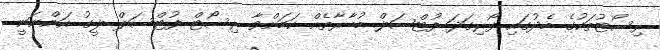
ރިސޯޓުތަކުގެ މެދުގައި ފޯރިގަދަ ފުޓްސަލް މުބާރާތެއް ކަމަށްވާ ރިސޯޓް ފުޓްސަލް ލީގު އަންނަނީ